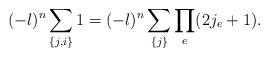
\begin{align*}(-\l)^n \sum_{\{j, i\}} 1 = (-\l)^n \sum_{\{j\}} \prod_e (2j_e+1).\end{align*}